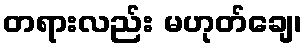
တရားလည်း မဟုတ်ချေ၊